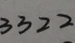
3 3 2 2